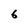
Character: 6